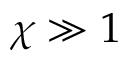
\chi \gg 1